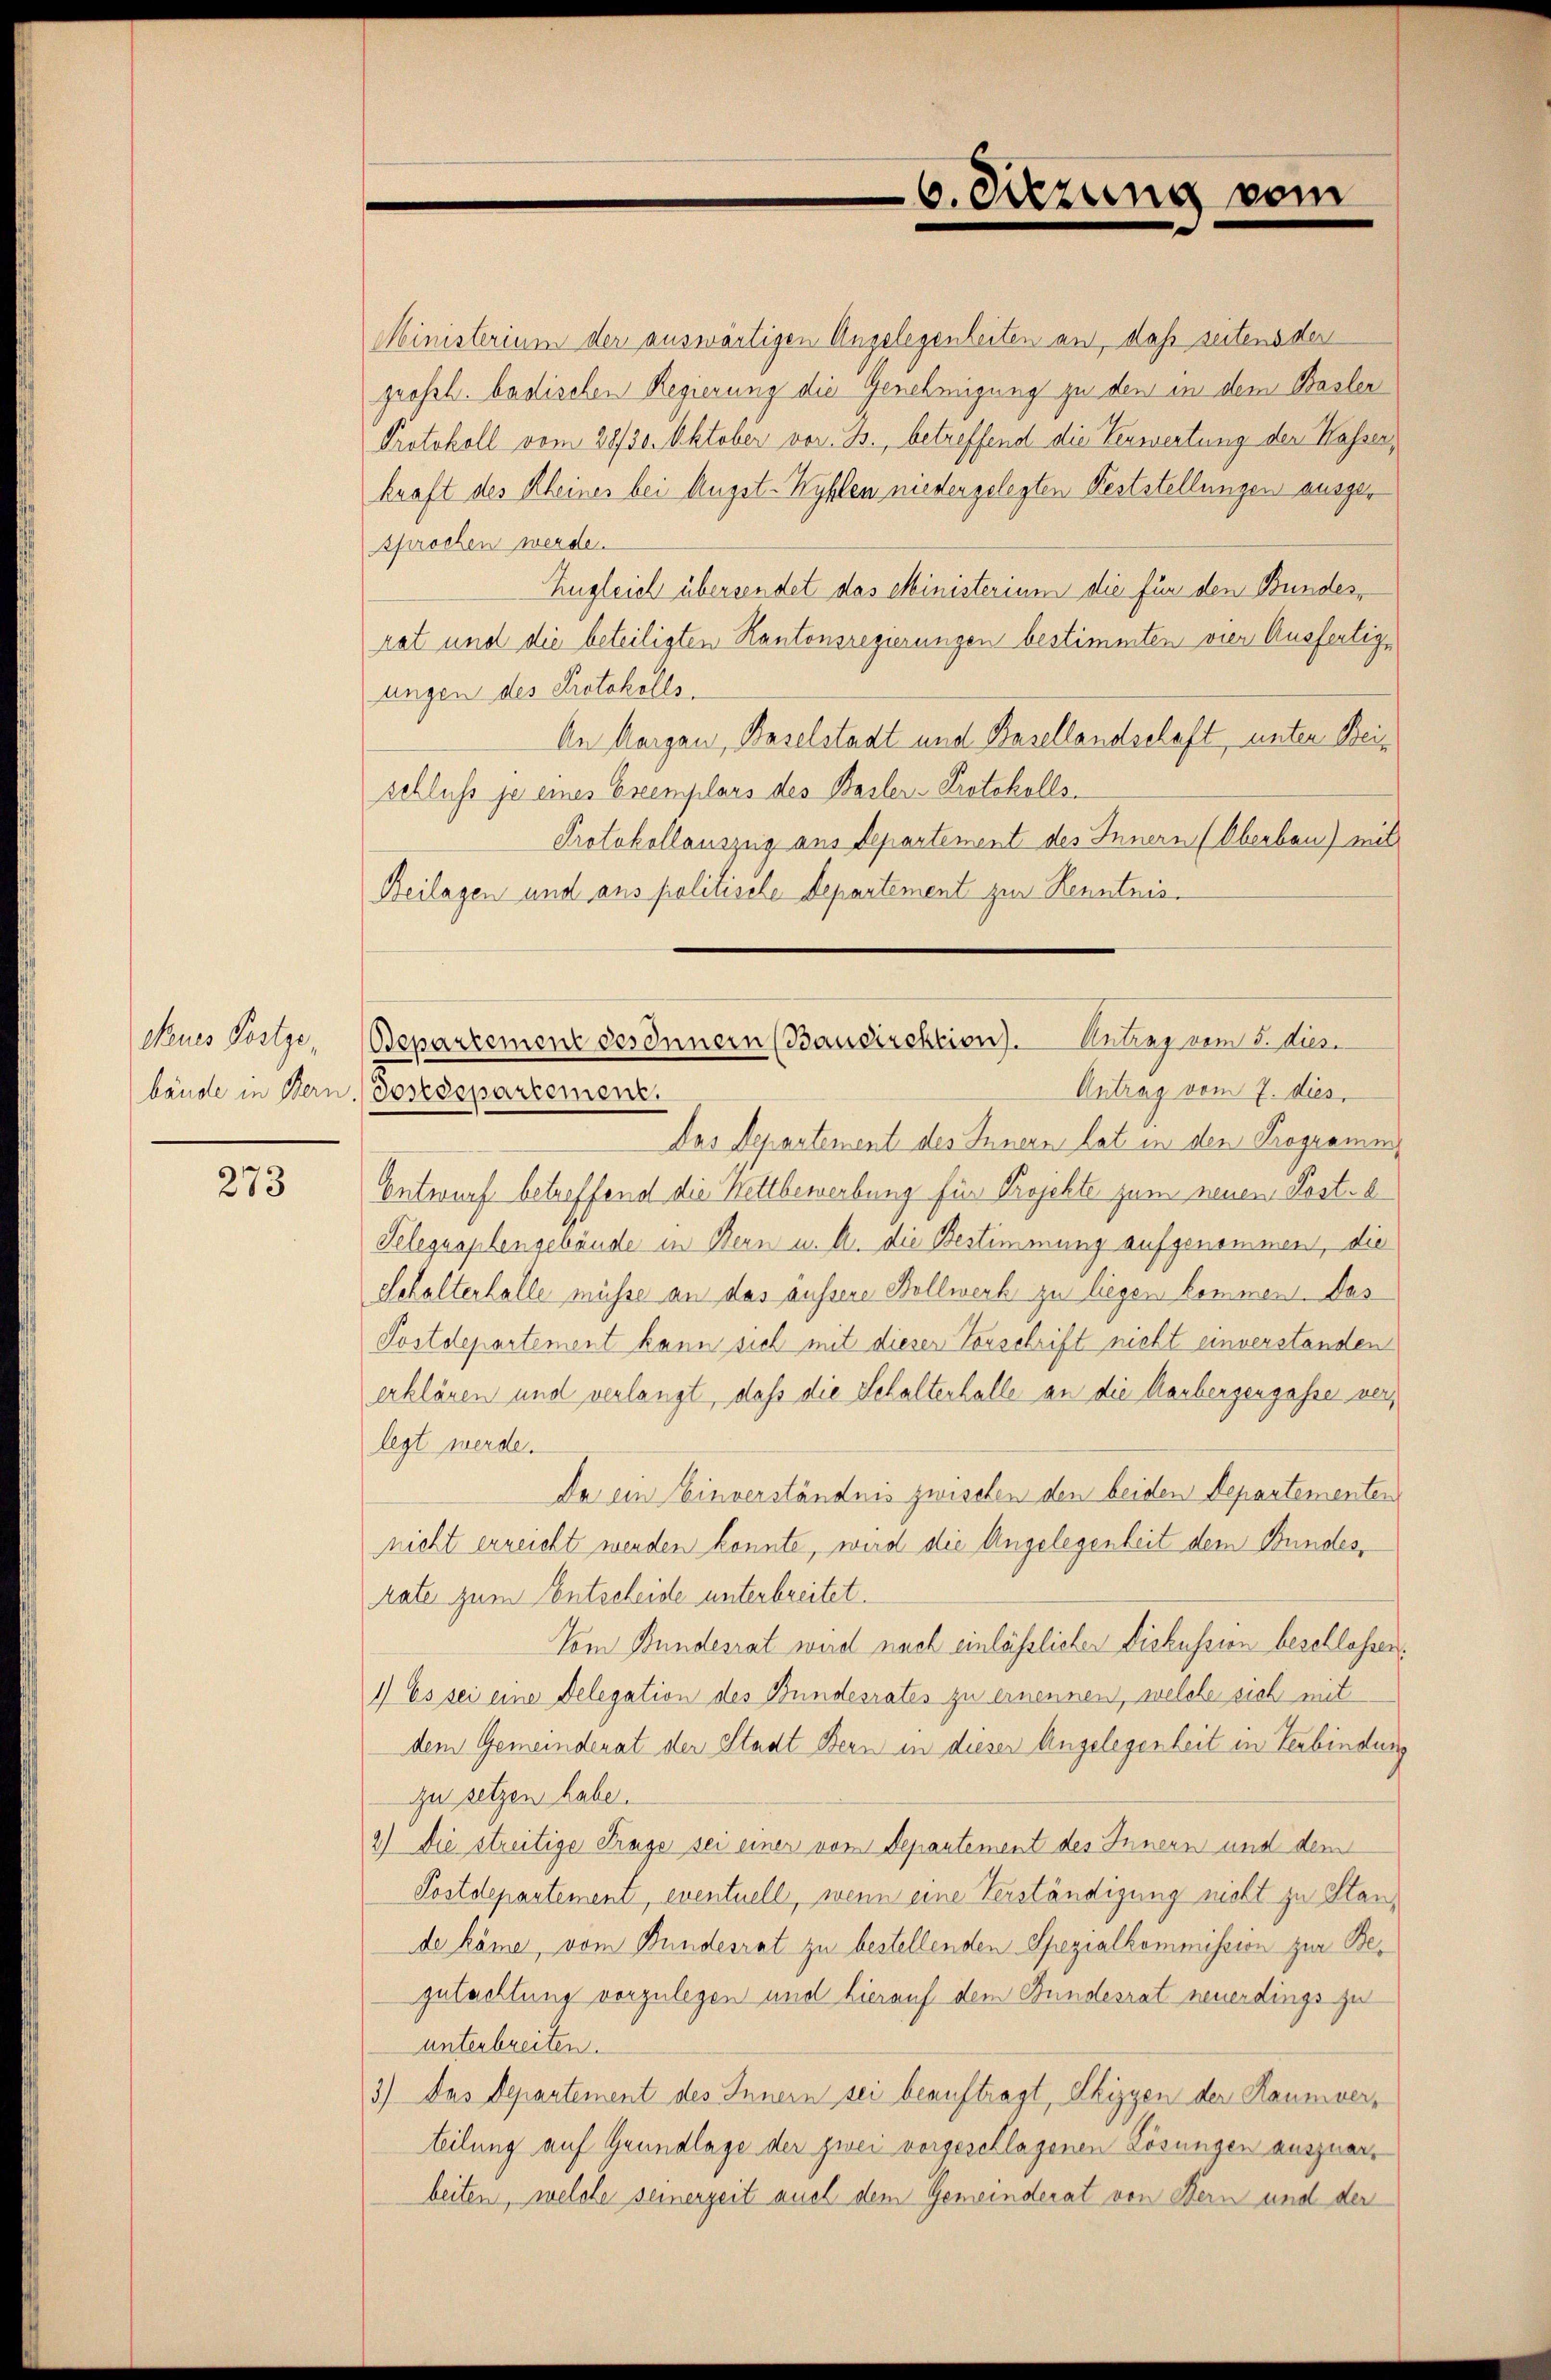
Neues Postze,
bände in Bern.

273

6. Sitzung vom

Ministerium der auswärtigen Angelegenheiten an, daß seitens der
grossh. badischen Regierung die Genehmigung zu den in dem Basler
Protokoll vom 28/30. Oktober vor. B., betreffend die Verwertung der Kasser,
kraft des Kleines bei Augst-Kyhlen nieder gelegten Feststellungen ausger
sprochen werden
Zugleich übersendet das Ministerium die für den Bundesrat und die beteiligten Kantonsregierungen bestimmten vier Ausfertigungen des Protokolls.
An Margau, Baselstadt und Basellandschaft, unter Beischluss ja eines Exemplars des Basler-Protokolls
Protokollauszug aus Departement des Innern (Oberbau) mit
Beilagen und aus politische Departement zur Kenntnis¬
Antrag vom 7. dies
Sondepartement.
Das Departement des Innern hat in den Programm
Entwurf betreffend die Kettbewerbung für Projekte zum neuen Koste
Telegraphengebäude in Bern u. A. die Bestimmung aufgenommen, die
Schalterhalle müsse an das äussere Bollwerk zu liegen kommen. Das
Postdepartement kann sich mit dieser Vorschrift nicht einverstanden
erklären und verlangt, daß die Schaltenhalle an die Raubergengasse verlegt werde.
Da ein Einverständnis zwischen den beiden Departementen
nicht erreicht werden konnte, wird die Angelegenheit dem Bundesrate zum Entscheide unterbreitet.
Vom Bundesrat wird nach einlässlicher Diskussion beschlossen.
1) Es sei eine Delegation des Bundesrates zu ernennen, welche sich mit
dem Gemeinderat der Stadt Bern in dieser Angelegenheit in Verbindung
zu setzen habe.
2) Die streitige Frage sei einer vom Departement des Innern und dem
Postdepartement, eventuell, wenn eine Verständigung nicht zu Stande käme, vom Bundesrat zu bestellenden Spezialkommission zur Begutachtung vorzulegen und hierauf dem Bundesrat neuerdings zu
unterbreiten.
3) Das Departement des Innern sei beauftragt, Phizyen der Raumverteilung auf Grundlage der zwei vorgeschlagenen Lösungen auszuarbeiten, welche seinerzeit auch dem Gemeinderat von Bern und der

Departement des Innern (Baudirektion). Antrag vom 5. Jus